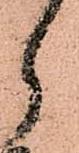
郎